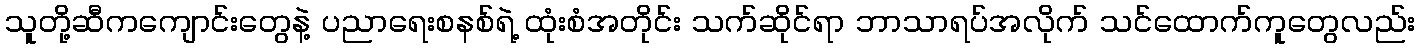
သူတို့ဆီကကျောင်းတွေနဲ့ ပညာရေးစနစ်ရဲ့ ထုံးစံအတိုင်း သက်ဆိုင်ရာ ဘာသာရပ်အလိုက် သင်ထောက်ကူတွေလည်း